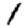
Digit: 1